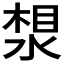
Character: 𪶛